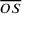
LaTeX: \overline { { O S } }